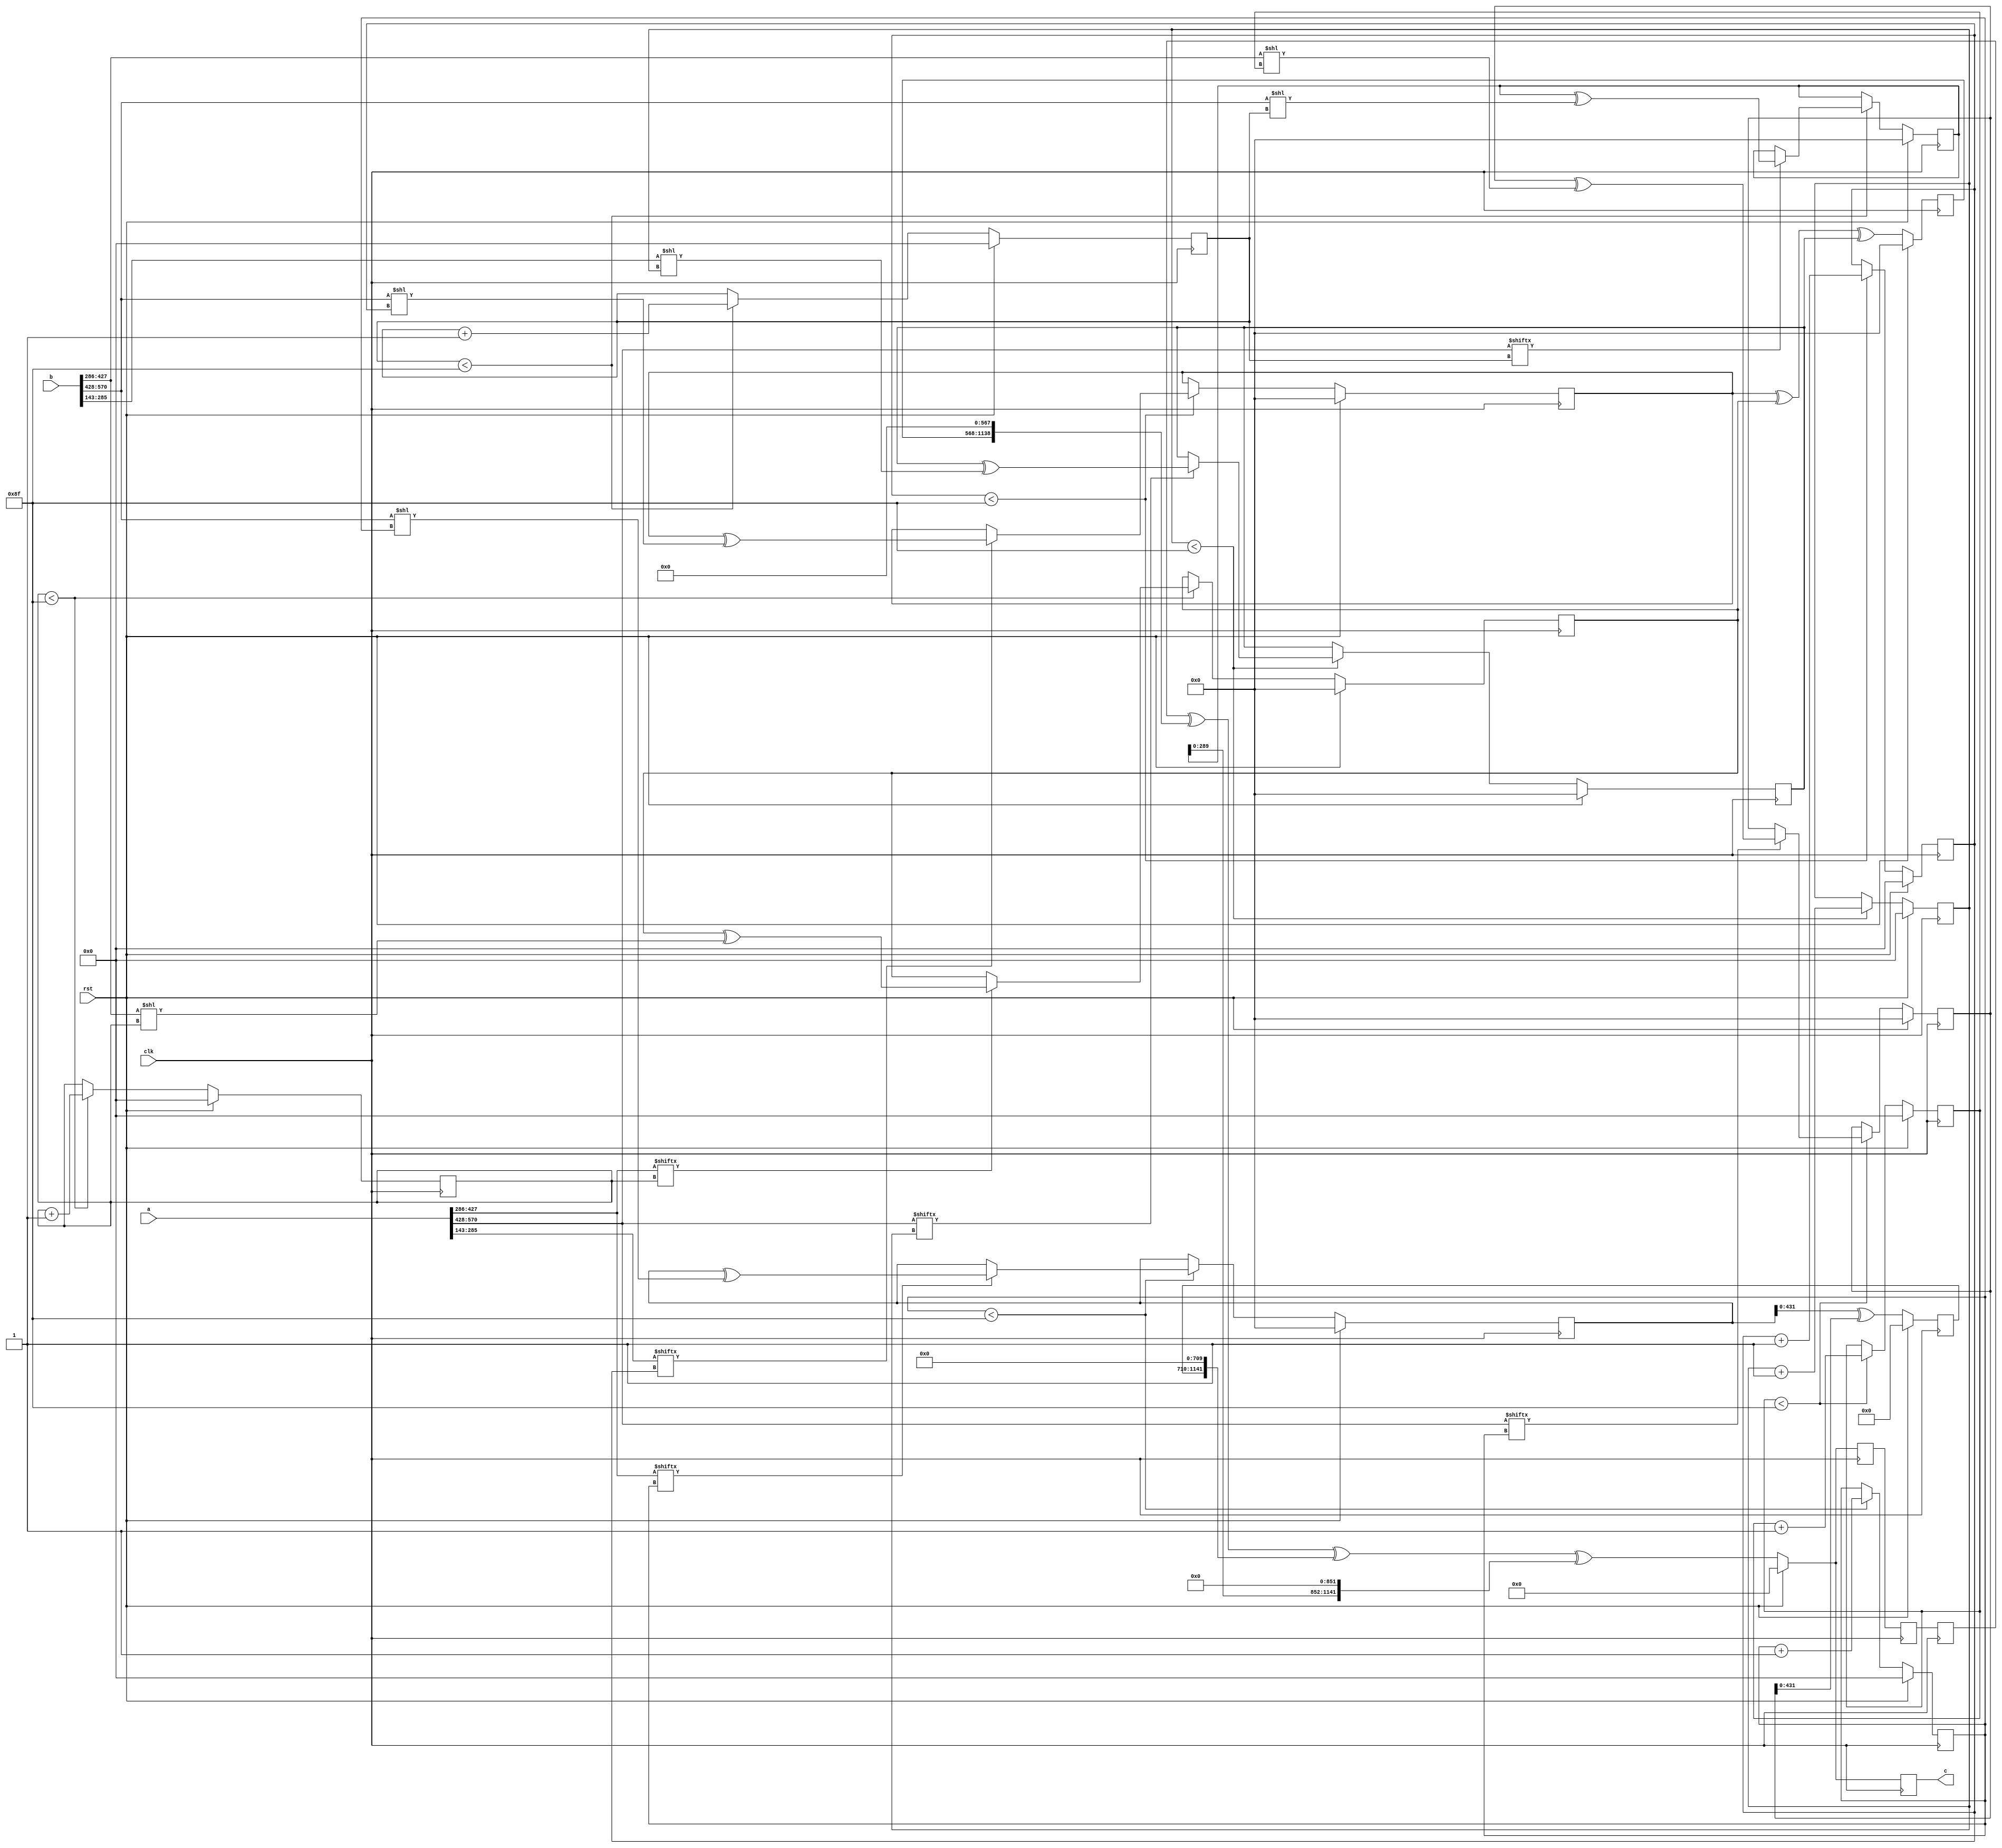
// TalTech large integer multiplier library
// Multiplier type: four_way_toom_cook
// Parameters: 571 571 3
// Target tool: genus
module four_way_toom_cook(clk, rst, a, b, c);
input clk;
input rst;
input [570:0] a;
input [570:0] b;
output reg [1141:0] c;

// Pipeline register declaration 
reg [1141:0] c_temp_2;
reg [1141:0] c_temp_1;

// Wires declaration 
wire  [142:0] a0;
wire  [142:0] a1;
wire  [141:0] a2;
wire  [142:0] a3;
wire  [142:0] b0;
wire  [142:0] b1;
wire  [141:0] b2;
wire  [142:0] b3;

// Registers declaration 
reg  [141:0] counter_d;
reg  [141:0] counter_e1;
reg  [141:0] counter_e2;
reg  [141:0] counter_f1;
reg  [141:0] counter_f2;
reg  [141:0] counter_f3;
reg  [141:0] counter_g1;
reg  [141:0] counter_g2;
reg  [141:0] counter_g3;
reg  [141:0] counter_g4;
reg  [141:0] counter_h1;
reg  [141:0] counter_h2;
reg  [141:0] counter_h3;
reg  [141:0] counter_i1;
reg  [141:0] counter_i2;
reg  [141:0] counter_j;
reg  [570:0] d;
reg  [570:0] e1_mul;
reg  [570:0] e2_mul;
reg  [570:0] e;
reg  [570:0] f1_mul;
reg  [570:0] f2_mul;
reg  [570:0] f3_mul;
reg  [570:0] f;
reg  [570:0] g1_mul;
reg  [570:0] g2_mul;
reg  [570:0] g3_mul;
reg  [570:0] g4_mul;
reg  [570:0] g;
reg  [570:0] h1_mul;
reg  [570:0] h2_mul;
reg  [570:0] h3_mul;
reg  [570:0] h;
reg  [570:0] i1_mul;
reg  [570:0] i2_mul;
reg  [570:0] i;
reg  [570:0] j;
reg  [1141:0] temp;

// Initial assignments to wires
assign a0 = a[142:0];
assign a1 = a[285:143];
assign a2 = a[427:286];
assign a3 = a[570:428];
assign b0 = b[142:0];
assign b1 = b[285:143];
assign b2 = b[427:286];
assign b3 = b[570:428];

// Step-1 of 4-Way TCM Multiplier
always @(posedge clk) begin
		if (rst) begin			counter_d <= 142'd0;
			d <= 571'd0;
		end
		else if (counter_d < 143) begin
			if (a3[counter_d] == 1'b1) begin
				d <= d ^ (b3 << counter_d);
				counter_d <= counter_d + 1;
			end
			counter_d <= counter_d + 1;
		end
end

// Step-2 (Part-1) of 4-Way TCM Multiplier
always @(posedge clk) begin
		if (rst) begin
			counter_e1 <= 142'd0;
			e1_mul <= 571'd0;
		end
		else if (counter_e1 < 143) begin
			if (a2[counter_e1] == 1'b1) begin
				e1_mul <= e1_mul ^ (b3 << counter_e1);
				counter_e1 <= counter_e1 + 1;
			end
			counter_e1 <= counter_e1 + 1;
		end
end

// Step-2 (Part-2) of 4-Way TCM Multiplier
always @(posedge clk) begin
		if (rst) begin
			counter_e2 <= 142'd0;
			e2_mul <= 571'd0;
		end
		else if (counter_e2 < 143) begin
			if (a3[counter_e1] == 1'b1) begin
				e2_mul <= e2_mul ^ (b2 << counter_e2);
				counter_e2 <= counter_e2 + 1;
			end
			counter_e2 <= counter_e2 + 1;
		end
end

// Step-2 (Part-3) of 4-Way TCM Multiplier
always @(posedge clk) begin
		if (rst) begin
			e <= 571'd0;
		end
		else begin
			e <= e1_mul ^ e2_mul;
		end
end

// Step-3 (Part-1) of 4-Way TCM Multiplier
always @(posedge clk) begin
		if (rst) begin
			counter_f1 <= 142'd0;
			f1_mul <= 571'd0;
		end
		else if (counter_f1 < 143) begin
			if (a1[counter_f1] == 1'b1) begin
				f1_mul <= f1_mul ^ (b3 << counter_f1);
				counter_f1 <= counter_f1 + 1;
			end
			counter_f1 <= counter_f1 + 1;
		end
end

// Step-3 (Part-2) of 4-Way TCM Multiplier
always @(posedge clk) begin
		if (rst) begin
			counter_f2 <= 142'd0;
			f2_mul <= 571'd0;
		end
		else if (counter_f2 < 143) begin
			if (a2[counter_f2] == 1'b1) begin
				f2_mul <= f2_mul ^ (b2 << counter_f2);
				counter_f2 <= counter_f2 + 1;
			end
			counter_f2 <= counter_f2 + 1;
		end
end

// Step-3 (Part-3) of 4-Way TCM Multiplier
always @(posedge clk) begin
		if (rst) begin
			counter_f3 <= 142'd0;
			f3_mul <= 571'd0;
		end
		else if (counter_f3 < 143) begin
			if (a3[counter_f3] == 1'b1) begin
				f3_mul <= f3_mul ^ (b1 << counter_f3);
				counter_f3 <= counter_f3 + 1;
			end
			counter_f3 <= counter_f3 + 1;
		end
end

// Step-3 (Part-4) of 4-Way TCM Multiplier
always @(posedge clk) begin
		if (rst) begin
			f <= 571'd0;
		end
		else begin
			f <= f1_mul ^ f2_mul ^ f3_mul;
		end
end

// Step-4 (Part-1) of 4-Way TCM Multiplier
always @(posedge clk) begin
		if (rst) begin
			counter_g1 <= 142'd0;
			g1_mul <= 571'd0;
		end
		else if (counter_g1 < 143) begin
			if (a0[counter_g1] == 1'b1) begin
				g1_mul <= g1_mul ^ (b3 << counter_g1);
				counter_g1 <= counter_g1 + 1;
			end
			counter_g1 <= counter_g1 + 1;
		end
end

// Step-4 (Part-2) of 4-Way TCM Multiplier
always @(posedge clk) begin
		if (rst) begin
			counter_g2 <= 142'd0;
			g2_mul <= 571'd0;
		end
		else if (counter_g2 < 143) begin
			if (a1[counter_g2] == 1'b1) begin
				g2_mul <= g2_mul ^ (b2 << counter_g2);
				counter_g2 <= counter_g2 + 1;
			end
			counter_g2 <= counter_g2 + 1;
		end
end

// Step-4 (Part-3) of 4-Way TCM Multiplier
always @(posedge clk) begin
		if (rst) begin
			counter_g3 <= 142'd0;
			g3_mul <= 571'd0;
		end
		else if (counter_g3 < 143) begin
			if (a2[counter_g3] == 1'b1) begin
				g3_mul <= g3_mul ^ (b1 << counter_g3);
				counter_g3 <= counter_g3 + 1;
			end
			counter_g3 <= counter_g3 + 1;
		end
end

// Step-4 (Part-4) of 4-Way TCM Multiplier
always @(posedge clk) begin
		if (rst) begin
			counter_g4 <= 142'd0;
			g4_mul <= 571'd0;
		end
		else if (counter_g4 < 143) begin
			if (a3[counter_g4] == 1'b1) begin
				g4_mul <= g4_mul ^ (b0 << counter_g4);
				counter_g4 <= counter_g4 + 1;
			end
			counter_g4 <= counter_g4 + 1;
		end
end

// Step-4 (Part-5) of 4-Way TCM Multiplier
always @(posedge clk) begin
		if (rst) begin
			g <= 571'd0;
		end
		else begin
			g <= g1_mul ^ g2_mul ^ g3_mul ^ g4_mul;
		end
end

// Step-5 (Part-1) of 4-Way TCM Multiplier
always @(posedge clk) begin
		if (rst) begin
			counter_h1 <= 142'd0;
			h1_mul <= 571'd0;
		end
		else if (counter_h1 < 143) begin
			if (a0[counter_h1] == 1'b1) begin
				h1_mul <= h1_mul ^ (b2 << counter_h1);
				counter_h1 <= counter_h1 + 1;
			end
			counter_h1 <= counter_h1 + 1;
		end
end

// Step-5 (Part-2) of 4-Way TCM Multiplier
always @(posedge clk) begin
		if (rst) begin
			counter_h2 <= 142'd0;
			h2_mul <= 571'd0;
		end
		else if (counter_h2 < 143) begin
			if (a1[counter_h2] == 1'b1) begin
				h2_mul <= h2_mul ^ (b1 << counter_h2);
				counter_h2 <= counter_h2 + 1;
			end
			counter_h2 <= counter_h2 + 1;
		end
end

// Step-5 (Part-3) of 4-Way TCM Multiplier
always @(posedge clk) begin
		if (rst) begin
			counter_h3 <= 142'd0;
			h3_mul <= 571'd0;
		end
		else if (counter_h3 < 143) begin
			if (a2[counter_h3] == 1'b1) begin
				h3_mul <= h3_mul ^ (b0 << counter_h3);
				counter_h3 <= counter_h3 + 1;
			end
			counter_h3 <= counter_h3 + 1;
		end
end

// Step-5 (Part-4) of 4-Way TCM Multiplier
always @(posedge clk) begin
		if (rst) begin
			h <= 571'd0;
		end
		else begin
			h <= h1_mul ^ h2_mul ^ h3_mul;
		end
end

// Step-6 (Part-1) of 4-Way TCM Multiplier
always @(posedge clk) begin
		if (rst) begin
			counter_i1 <= 142'd0;
			i1_mul <= 571'd0;
		end
		else if (counter_i1 < 143) begin
			if (a0[counter_i1] == 1'b1) begin
				i1_mul <= i2_mul ^ (b1 << counter_i1);
				counter_i1 <= counter_i1 + 1;
			end
			counter_i1 <= counter_i1 + 1;
		end
end

// Step-6 (Part-2) of 4-Way TCM Multiplier
always @(posedge clk) begin
		if (rst) begin
			counter_i2 <= 142'd0;
			i2_mul <= 571'd0;
		end
		else if (counter_i2 < 143) begin
			if (a1[counter_i2] == 1'b1) begin
				i2_mul <= i2_mul ^ (b0 << counter_i2);
				counter_i2 <= counter_i2 + 1;
			end
			counter_i2 <= counter_i2 + 1;
		end
end

// Step-6 (Part-3) of 4-Way TCM Multiplier
always @(posedge clk) begin
		if (rst) begin
			i <= 571'd0;
		end
		else begin
			i <= i1_mul ^ i2_mul;
		end
end

// Step-7 of 4-Way TCM Multiplier
always @(posedge clk) begin
		if (rst) begin
			counter_j = 142'd0;
			j = 571'd0;
		end
		else if (counter_j < 143) begin
			if (a0[counter_j] == 1'b1) begin
				j = j ^ (b0 << counter_j);
				counter_j = counter_j + 1;
			end
			counter_j = counter_j + 1;
		end
end

// Step-8 of 4-Way TCM Multiplier
always @(posedge clk) begin
		if (rst) begin
			temp = 1142'd0;
			c = 1142'd0;
		end
		else begin
			temp = j;
			temp = temp ^ (i << 142);
			temp = temp ^ (h << 284);
			temp = temp ^ (g << 426);
			temp = c_temp_2 ^ (f << 568);
			temp = temp ^ (e << 710);
			temp = temp ^ (d << 852);
			c = temp;
		end
end

// pipeline stages
always @(posedge clk) begin
	c_temp_1 <= temp;
	c_temp_2 <= c_temp_1;
end
endmodule